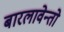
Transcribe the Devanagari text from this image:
बारलावेन्तो